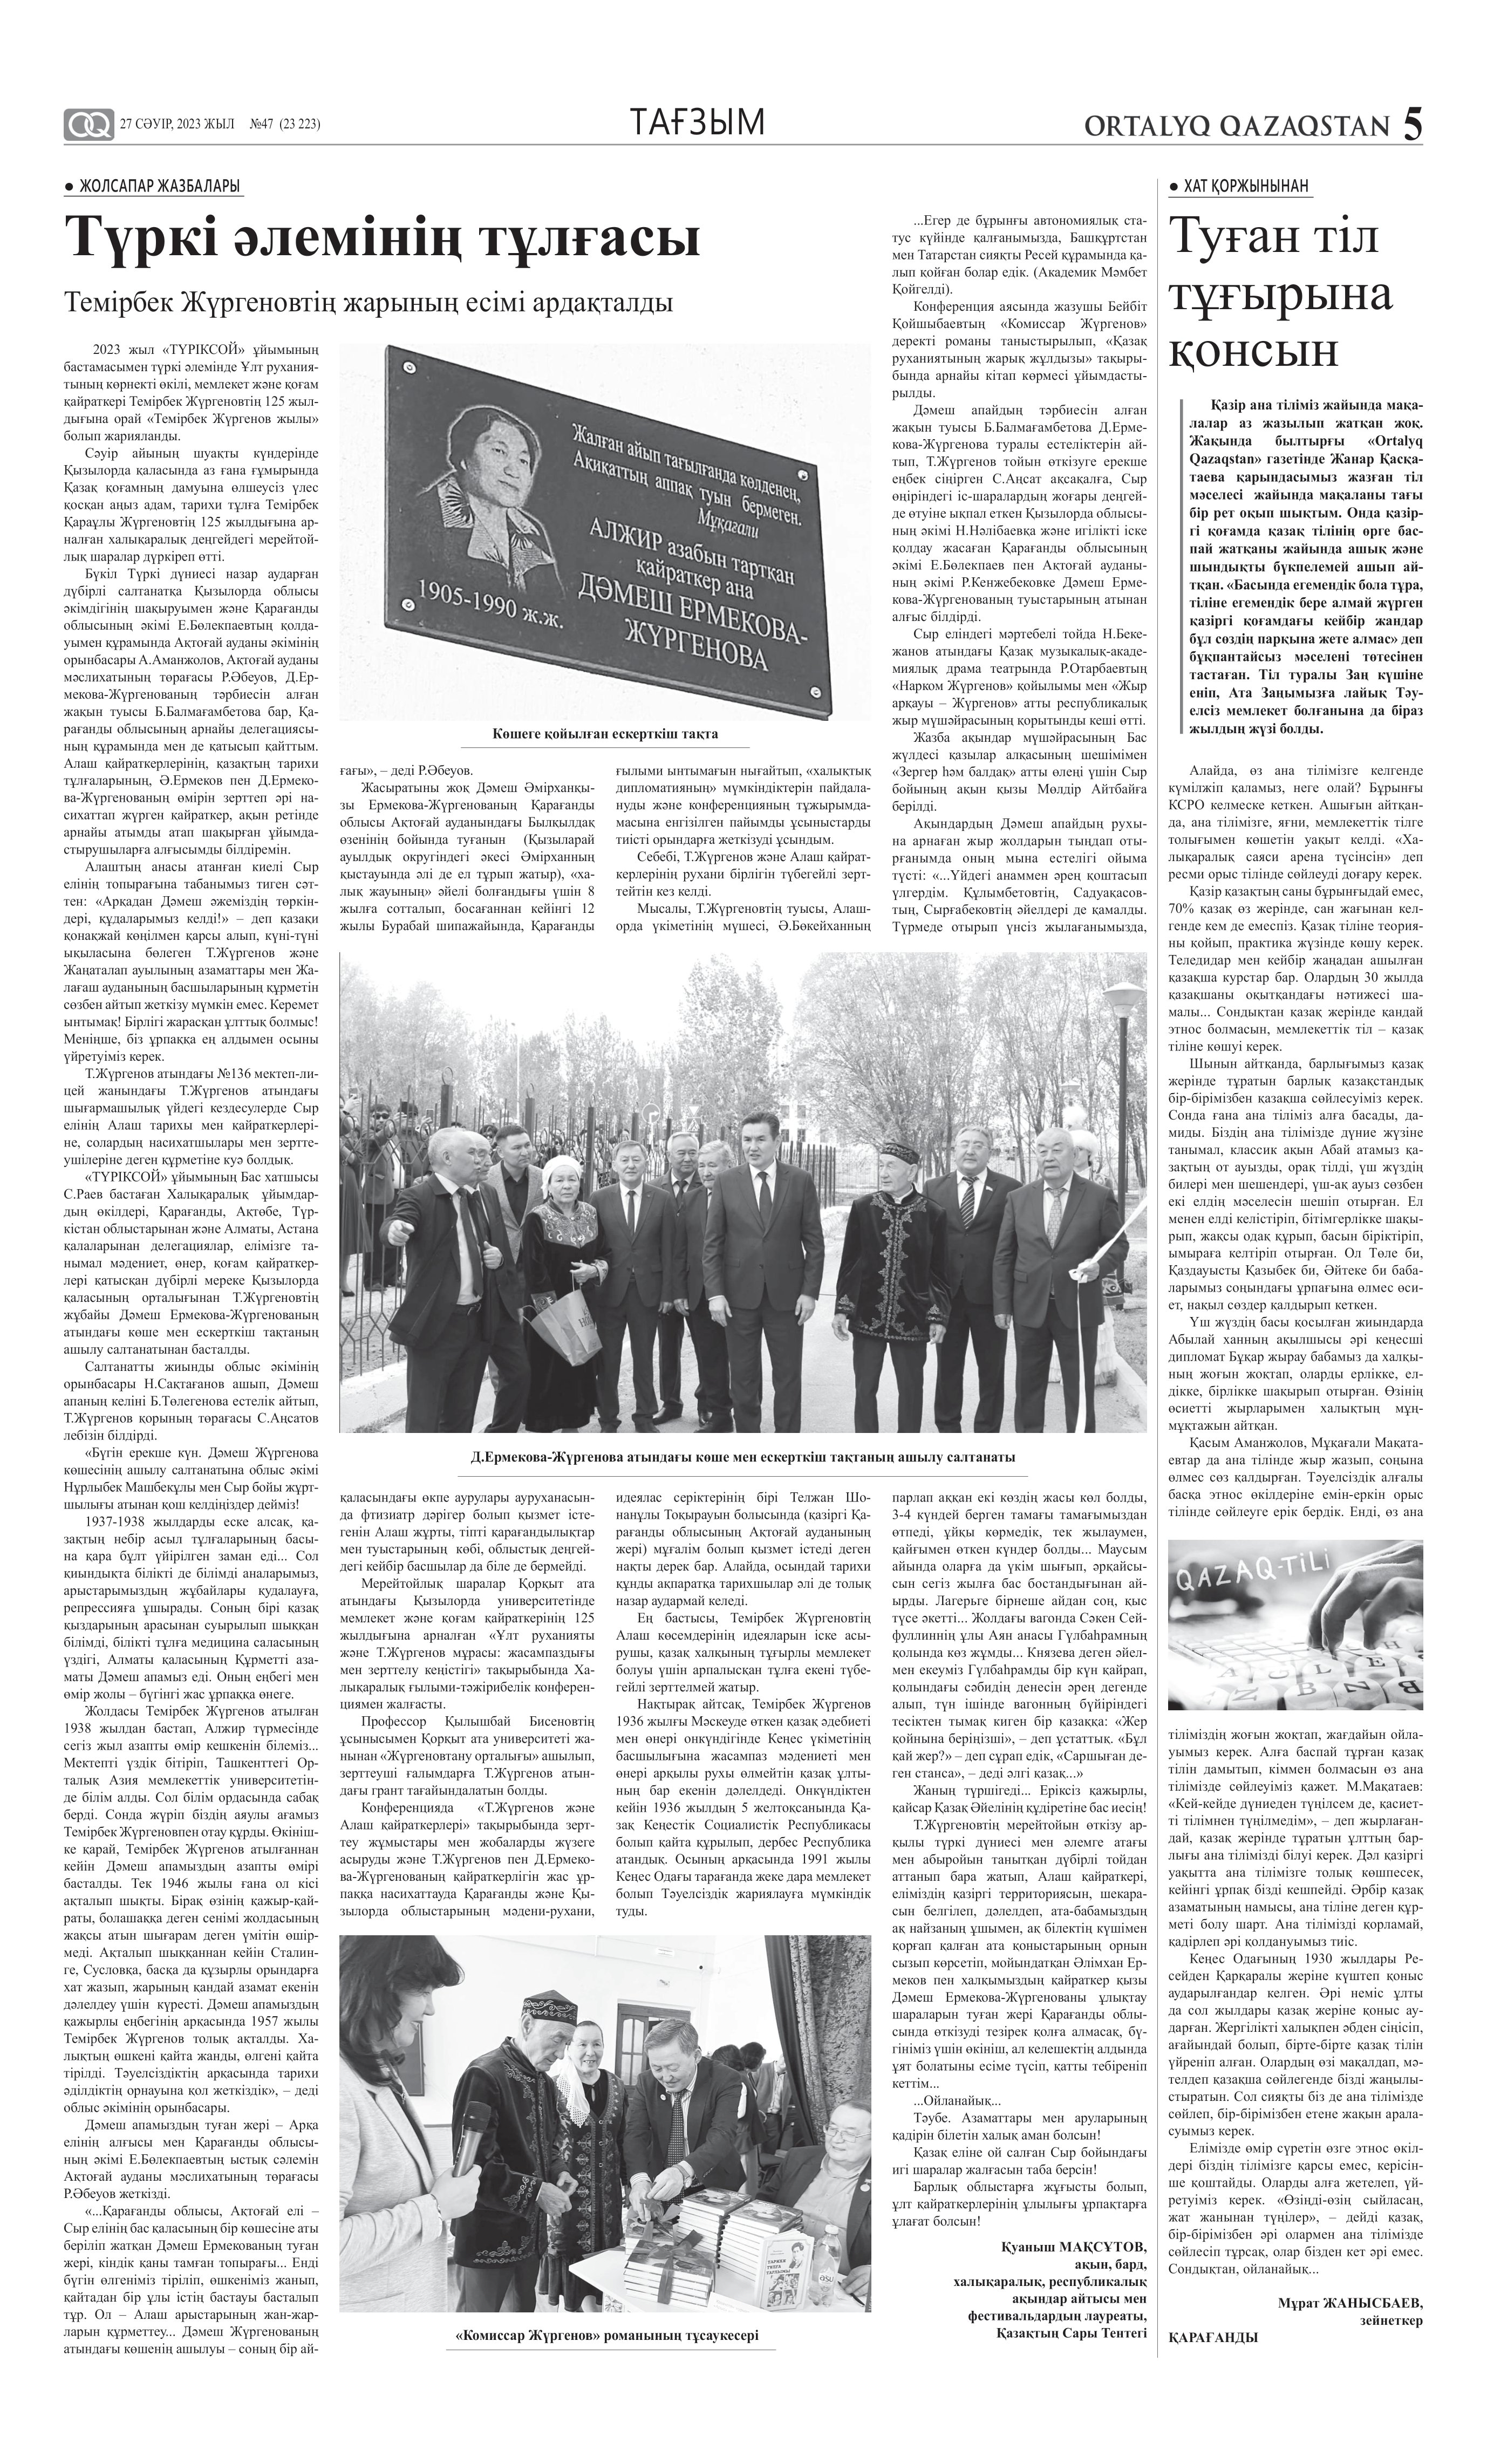
Language: kk